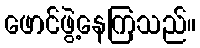
ဖောင်ဖွဲ့နေကြသည်။